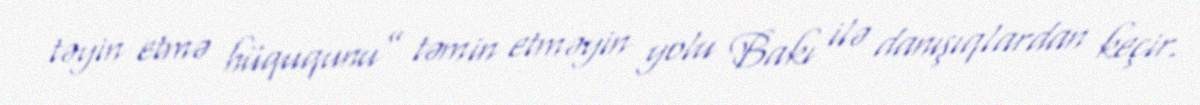
təyin etmə hüququnu” təmin etməyin yolu Bakı ilə danışıqlardan keçir.